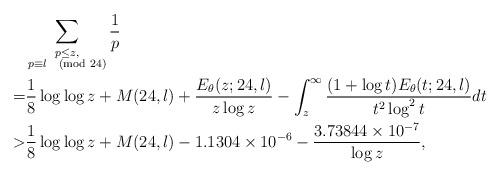
LaTeX: \begin{align*}& \sum_{\substack{p\leq z,\\ p\equiv l\pmod{24}}} \frac{1}{p}\\= & \frac{1}{8}\log\log z+M(24, l)+\frac{E_\theta(z; 24, l)}{z\log z}-\int_z^\infty \frac{(1+\log t)E_\theta(t; 24, l)}{t^2\log^2 t}dt \\> & \frac{1}{8}\log\log z+M(24, l)-1.1304\times 10^{-6}-\frac{3.73844\times 10^{-7}}{\log z},\end{align*}